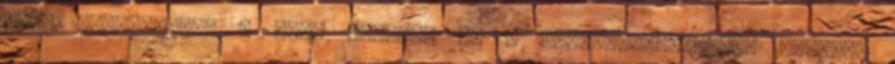
hogy leforgassák a film Szépség és a Bieber-verzióját. Címkék: